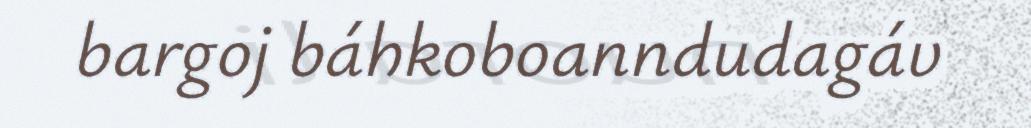
bargoj báhkoboanndudagáv